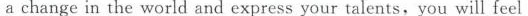
a change in the world and express your talents, you will feel